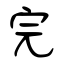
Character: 完